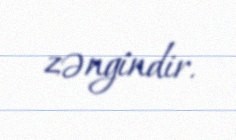
zəngindir.